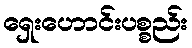
ရှေးဟောင်းပစ္စည်း